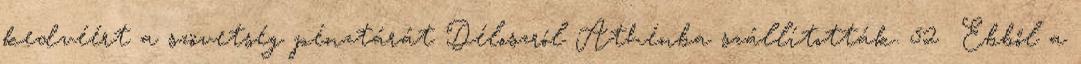
kedvéért a szövetség pénztárát Déloszról Athénba szállították. 52 Ebből a